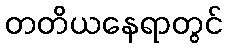
တတိယနေရာတွင်